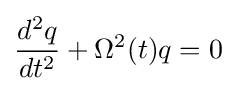
{\frac {d^{2}q}{dt^{2}}}+\Omega ^{2}(t)q=0